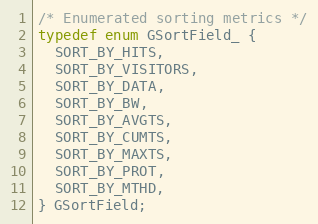
Language: C
/* Enumerated sorting metrics */
typedef enum GSortField_ {
  SORT_BY_HITS,
  SORT_BY_VISITORS,
  SORT_BY_DATA,
  SORT_BY_BW,
  SORT_BY_AVGTS,
  SORT_BY_CUMTS,
  SORT_BY_MAXTS,
  SORT_BY_PROT,
  SORT_BY_MTHD,
} GSortField;